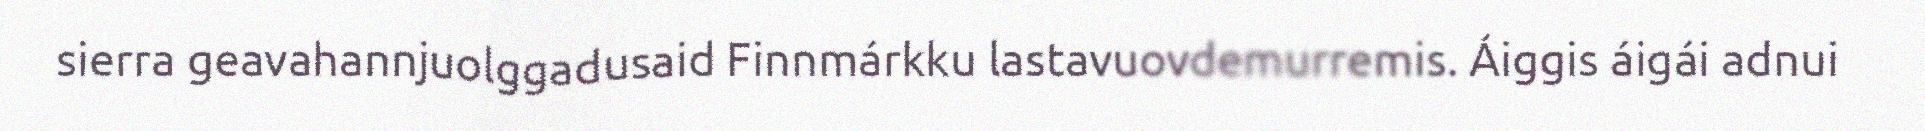
sierra geavahannjuolggadusaid Finnmárkku lastavuovdemurremis. Áiggis áigái adnui